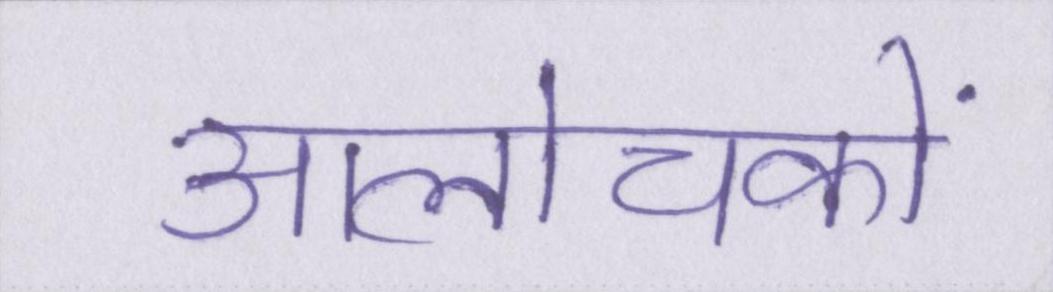
आलोचकों